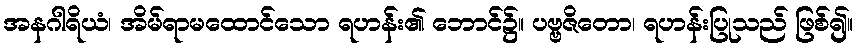
အနဂါရိယံ၊ အိမ်ရာမထောင်သော ရဟန်း၏ ဘောင်၌။ ပဗ္ဗဇိတော၊ ရဟန်းပြုသည် ဖြစ်၍။